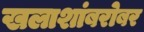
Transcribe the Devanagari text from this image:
खलाशांबरोबर